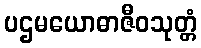
ပဌမယောဓာဇီဝသုတ္တံ